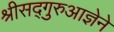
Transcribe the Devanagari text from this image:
श्रीसद्गुरुआज्ञेने